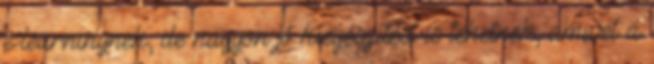
e-learningnek, de nagyon jó kiegészítést is tehetnek, amivel a